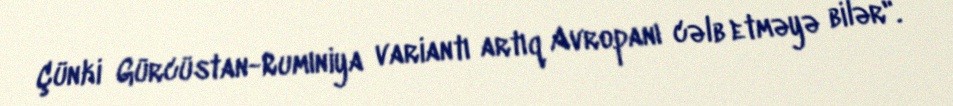
Çünki Gürcüstan-Rumıniya variantı artıq Avropanı cəlb etməyə bilər".